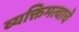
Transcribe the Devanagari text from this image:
व्यक्तिमत्वाचे